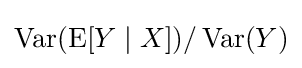
\operatorname {Var} (\operatorname {E} [Y\mid X])/\operatorname {Var} (Y)